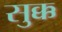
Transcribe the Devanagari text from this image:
सुक्क